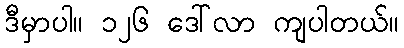
ဒီမှာပါ။ ၁၂၆ ဒေါ်လာ ကျပါတယ်။